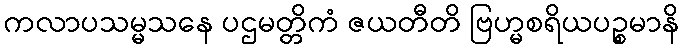
ကလာပသမ္မသနေ ပဌမတ္တိကံ ဇယတီတိ ဗြဟ္မစရိယပဉ္စမာနိ